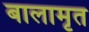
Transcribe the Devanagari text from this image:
बालामृत